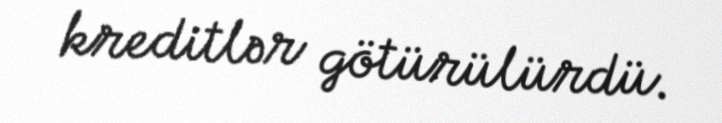
kreditlər götürülürdü.